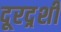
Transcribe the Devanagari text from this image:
दूरदर्र्शी